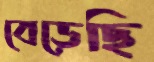
বেড়েছি